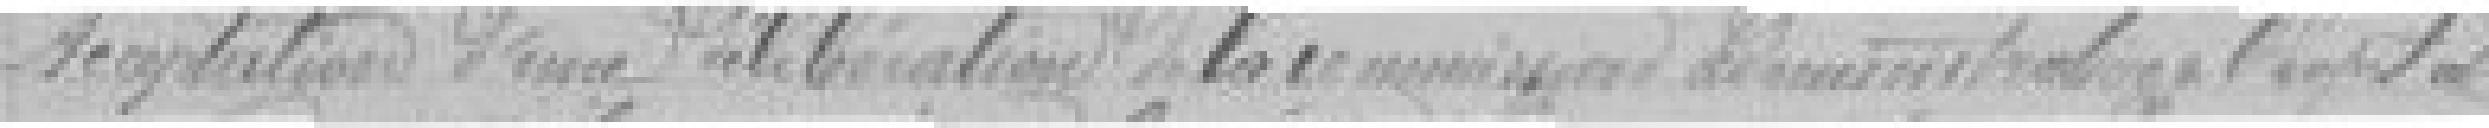
Acceptation d'une délibération de la commission administrative à l'hôpital